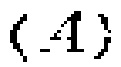
$(A)$